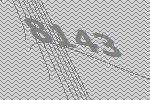
8143